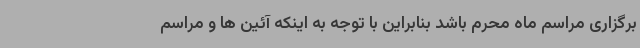
برگزاری مراسم ماه محرم باشد بنابراین با توجه به اینکه آئین ها و مراسم